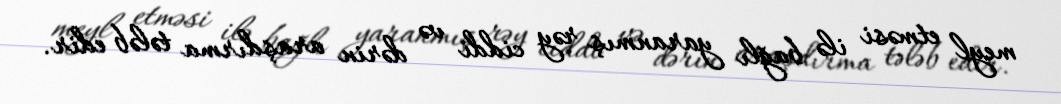
meyl etməsi ilə bağlı yaranmış rəy ciddi və dərin araşdırma tələb edir.